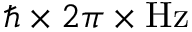
\hbar \times 2 \pi \times \mathrm { H z }